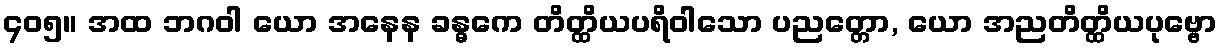
၄၀၅။ အထ ဘဂဝါ ယော အနေန ခန္ဓကေ တိတ္ထိယပရိဝါသော ပညတ္တော, ယော အညတိတ္ထိယပုဗ္ဗော